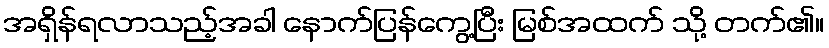
အရှိန်ရလာသည့်အခါ နောက်ပြန်ကွေ့ပြီး မြစ်အထက် သို့ တက်၏။